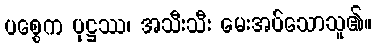
ပစ္စေက ပုဋ္ဌဿ၊ အသီးသီး မေးအပ်သောသူ၏။